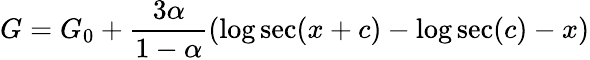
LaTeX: G=G_{0}+\frac{3\alpha}{1-\alpha}(\log\sec(x+c)-\log\sec(c)-x)